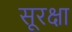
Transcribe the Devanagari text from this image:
सूरक्षा